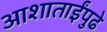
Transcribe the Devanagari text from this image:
आशाताईंपुढे